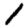
Digit: 1